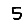
Digit: 5